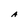
Character: A